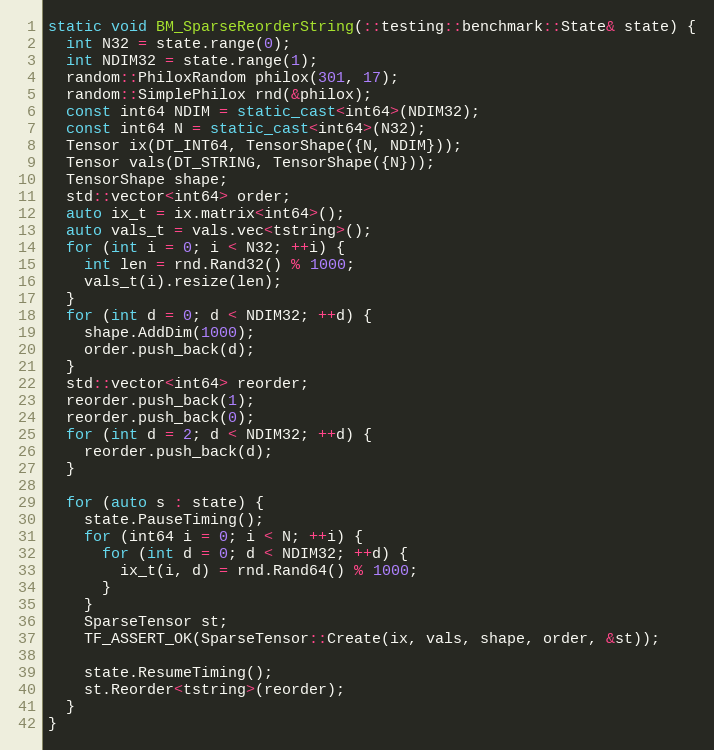
Language: C++
static void BM_SparseReorderString(::testing::benchmark::State& state) {
  int N32 = state.range(0);
  int NDIM32 = state.range(1);
  random::PhiloxRandom philox(301, 17);
  random::SimplePhilox rnd(&philox);
  const int64 NDIM = static_cast<int64>(NDIM32);
  const int64 N = static_cast<int64>(N32);
  Tensor ix(DT_INT64, TensorShape({N, NDIM}));
  Tensor vals(DT_STRING, TensorShape({N}));
  TensorShape shape;
  std::vector<int64> order;
  auto ix_t = ix.matrix<int64>();
  auto vals_t = vals.vec<tstring>();
  for (int i = 0; i < N32; ++i) {
    int len = rnd.Rand32() % 1000;
    vals_t(i).resize(len);
  }
  for (int d = 0; d < NDIM32; ++d) {
    shape.AddDim(1000);
    order.push_back(d);
  }
  std::vector<int64> reorder;
  reorder.push_back(1);
  reorder.push_back(0);
  for (int d = 2; d < NDIM32; ++d) {
    reorder.push_back(d);
  }

  for (auto s : state) {
    state.PauseTiming();
    for (int64 i = 0; i < N; ++i) {
      for (int d = 0; d < NDIM32; ++d) {
        ix_t(i, d) = rnd.Rand64() % 1000;
      }
    }
    SparseTensor st;
    TF_ASSERT_OK(SparseTensor::Create(ix, vals, shape, order, &st));

    state.ResumeTiming();
    st.Reorder<tstring>(reorder);
  }
}